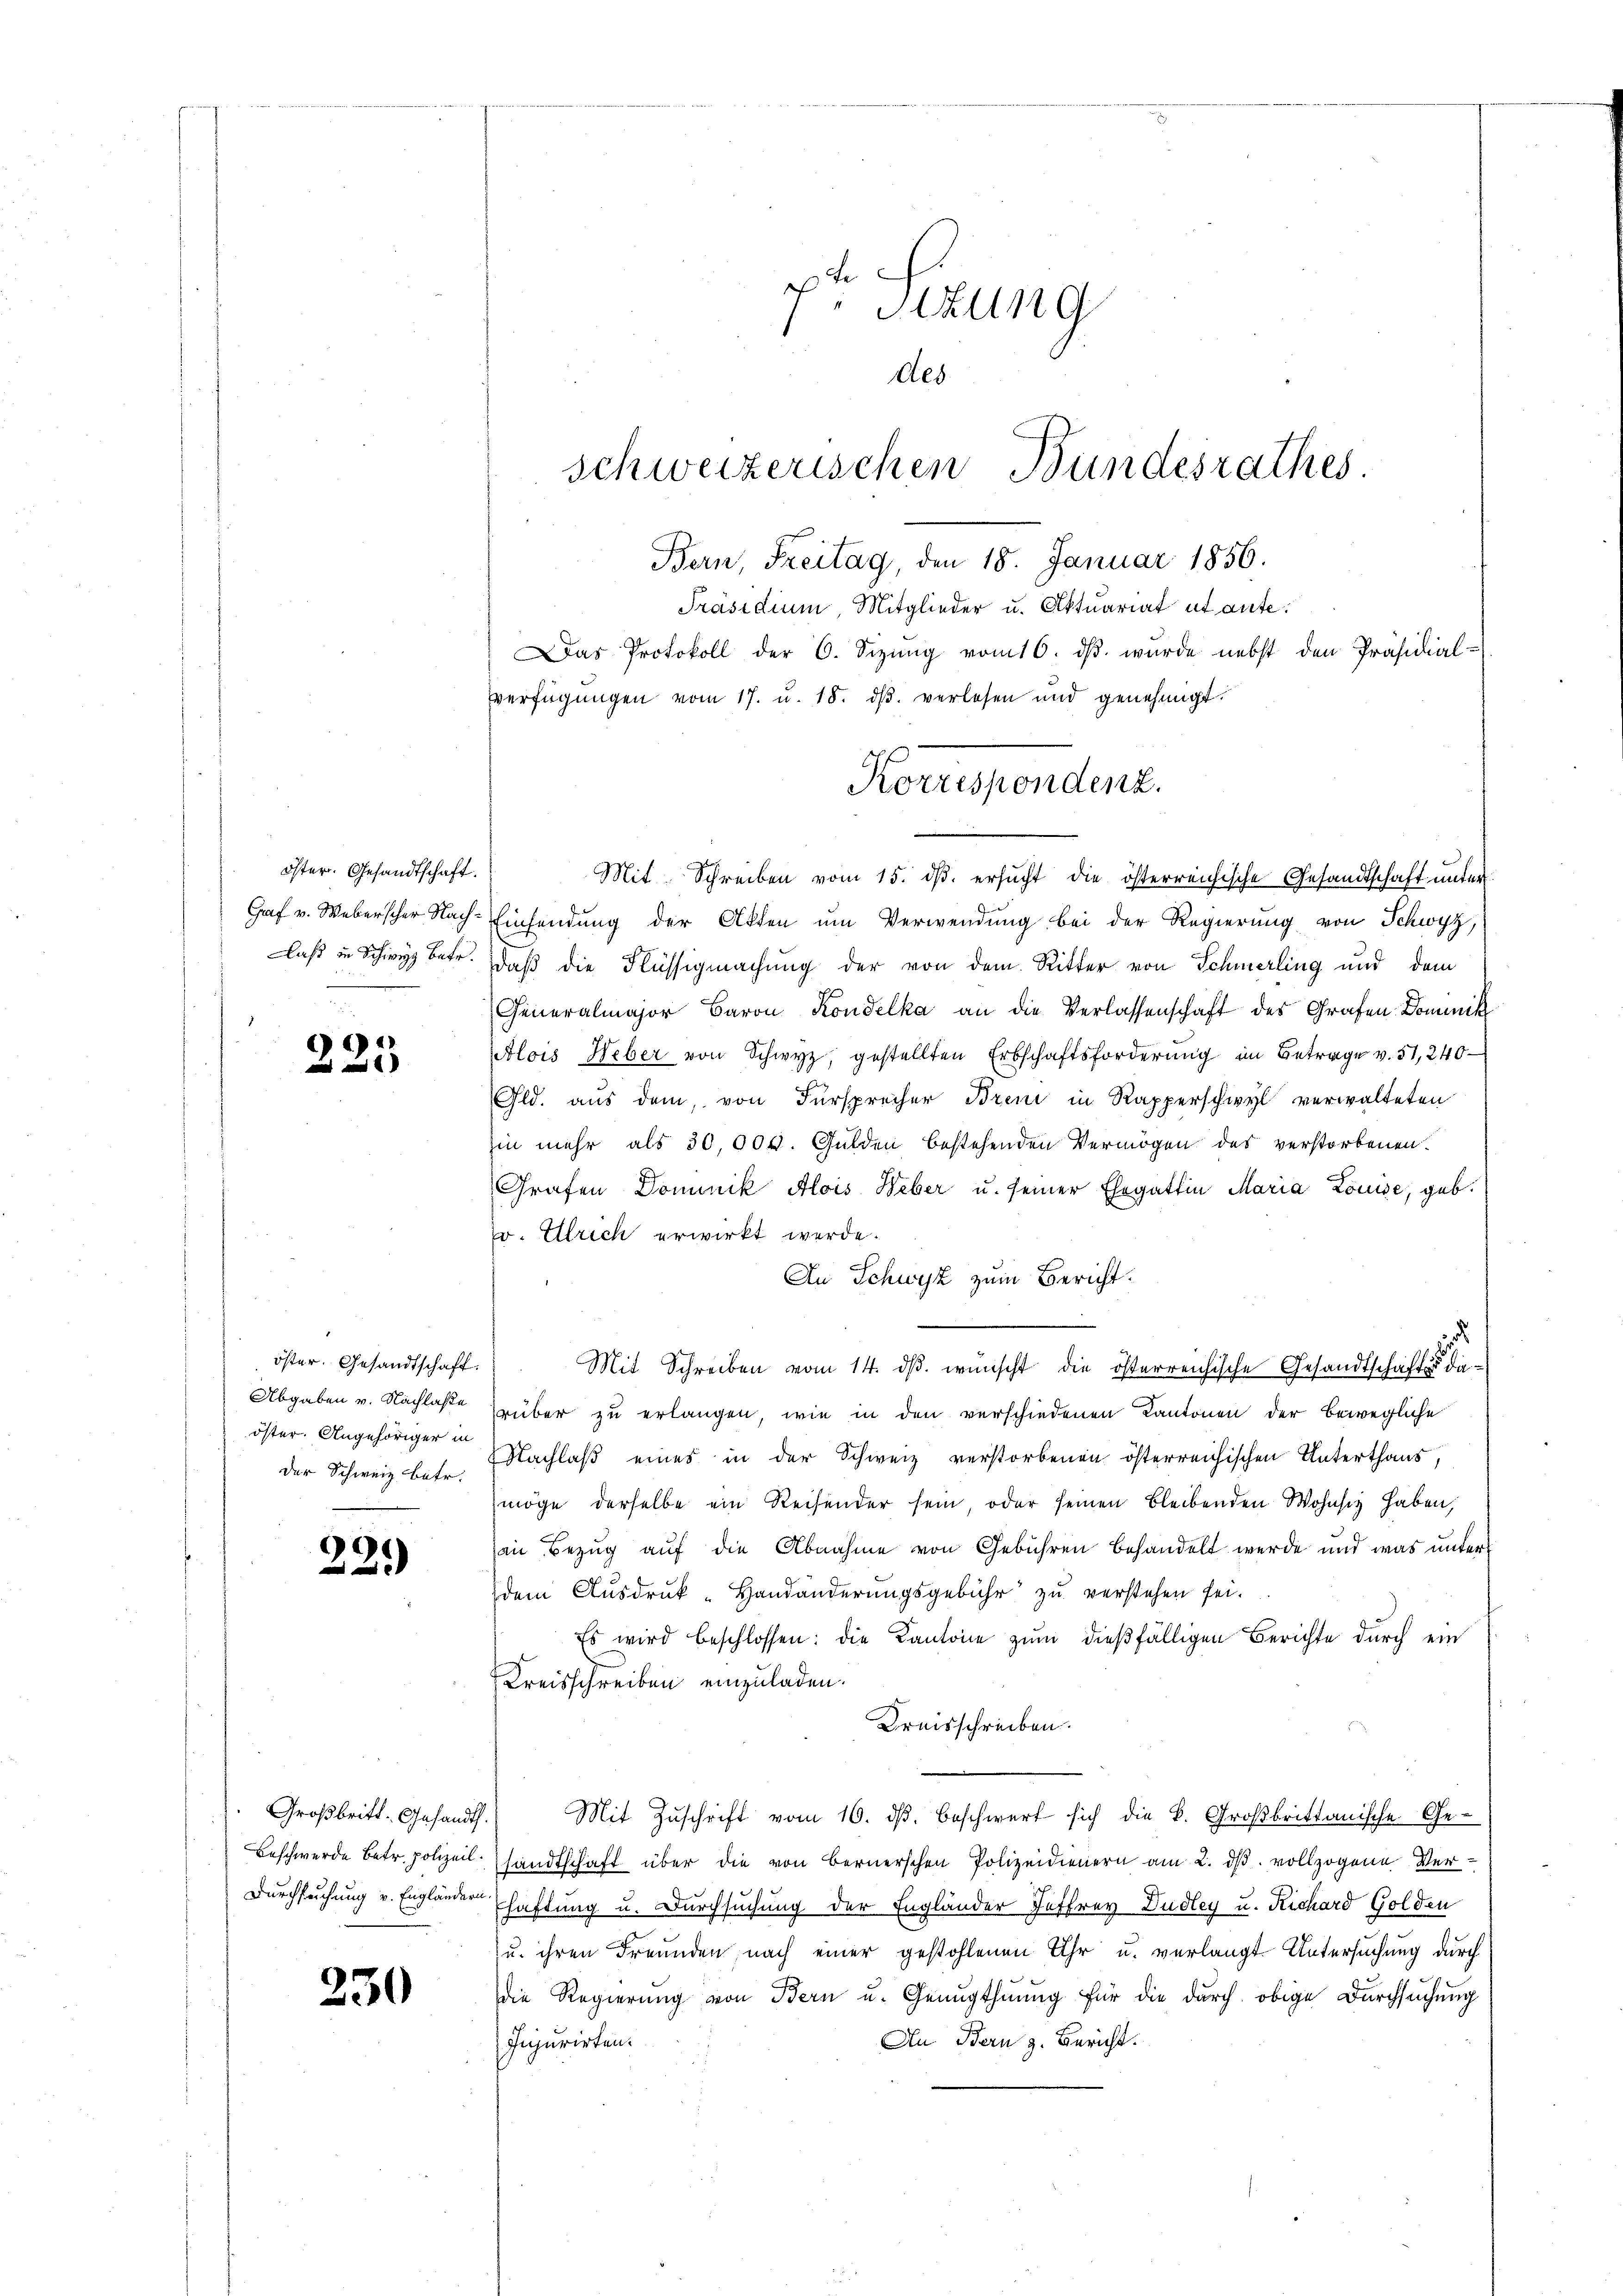
öster. Gesandtschaft.

225

öster. Gesandtschaft.
öster. Angehöriger in

229)

230

c
Sitzung
des
schweizerischen Bundesrathes.
Bern, Freitag, den 18. Januar 1856.

Präsidium, Mitglieder u. Aktuariat et aute.
Das Protokoll der 6. Sizŭng vom 16. dβ. wurde nebst den Präsidial-
verfügŭngen vom 17. u. 18. dβ. verlesen und genehmigt.

Korrespondenz.

Mit Schreiben vom 15. ds. ersucht die österreichische Gesandtschaft unter
Graf v. Weberscher Nach-Einsendung der Akten um Verwendung bei der Regierung von Schwyz,
laß in Schwyz betr. daß die Flüssigmachung der von dem Ritter von Schmerling und dem
Generalmajor Baron Kondelka an die Verlassenschaft des Grafen Dominik
Alois Weber von Schwyz, gestellten Erbschaftsforderung im Betrage v. 51, 240
Gld. aus dem, von Fürsprecher Brend in Rapperschwyl verwalteten
in mehr als 30,000. Gulden bestehenden Vermögen des verstorbenen.
Grafen Dominik Alois Weber u. seiner Ehegattin Maria Louise, geb.
v. Ulrich erwirkt werde.
An Schwyz zum Bericht:
.
Mit Schreiben vom 14. dβ. wünscht die österreichische Gesandtschafts die¬
Abgaben v. Nachlasse Trüber zu erlangen, wie in den verschiedenen Kantonen der bewegliche
der Schweiz betr. Nachlaß eines in der Schweiz verstorbenen österreichischen Unterthans,
möge derselbe ein Reisender sein, oder seinen bleibenden Wohnsiz haben,
an Bezug auf die Abnahme von Gebühren behandelt werde und was unter
dem Ausdruk-Handänderungsgebühr zu verstehen sei.
Es wird beschlossen: die Kantone zum dießfälligen Berichte durch ein
Kreisschreiben einzuladen.
Dreisschreiben.
. Großbritt. Gesandts. Mit Zŭschrift vom 16. dβ. beschwert sich die B. Großbrittanische Ge-
Beschwerde betr. polizeil. handtschaft über die von Bernerschen Polizeidienern am 2. dβ vollzogene Ver¬
Durchsuchung v. Engländer haftung u. Durchsuchung der Engländer Jesfrey Dudley u. Richard Golden
u. ihren Freunden, nach einer gestohlenen Uhr u. verlangt Untersuchung durch
die Regierŭng von Bern u. Genugthuung für die durch obige Durchsuchung
An Bern z. Bericht.
Injurirten.